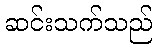
ဆင်းသက်သည်